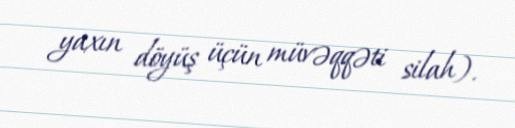
yaxın döyüş üçün müvəqqəti silah).